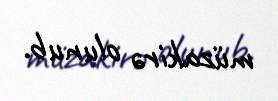
müzakirə olunub.